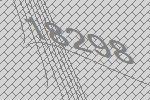
18298